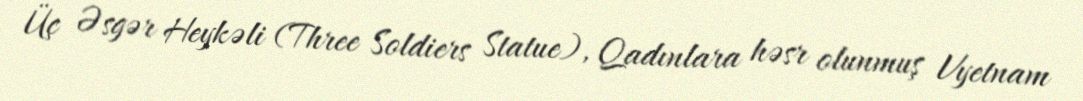
Üç Əsgər Heykəli (Three Soldiers Statue), Qadınlara həsr olunmuş Vyetnam